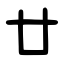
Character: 廿